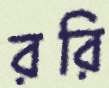
ররি